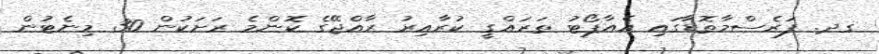
ގދ. ފަރެސްމާތޮޑާގައި އެއާޕޯޓު ތަރައްގީ ކުރާއިރު ރާއްޖޭގެ ކޮންމެ ރަށަކުން 30 މިނެޓުން